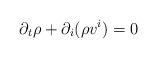
LaTeX: \begin{align*} \partial_t \rho + \partial_i (\rho v^i) = 0\end{align*}